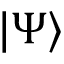
| \Psi \rangle